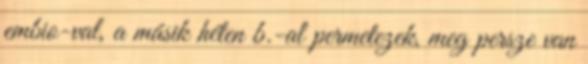
embio-val, a másik héten b.-al permetezek, meg persze van